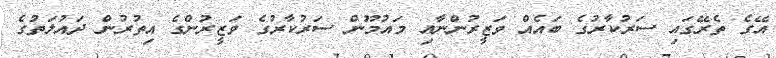
އޭގެ ތެރޭގައި ސަރުކާރުގެ ބައެއް ވަޒީރުންނާއި މައުމޫން ސަރުކާރުގެ ވަޒީރުންގެ އިތުރުން ދައުލަތުގެ